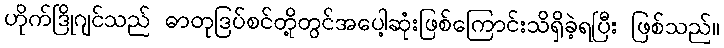
ဟိုက်ဒြိုဂျင်သည် ဓာတုဒြပ်စင်တို့တွင်အပေါ့ဆုံးဖြစ်ကြောင်းသိရှိခဲ့ရပြီး ဖြစ်သည်။